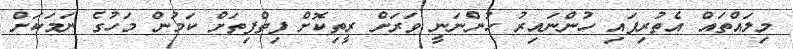
މިލައްތައް އެތުރިފައި ހުންނައިރު ހުންނަނީ ވަރަށް ރީތިކޮށް ފިތްފިތަށް ކަމުން މަހުގެ ނަމަކަށް